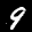
Label: 9